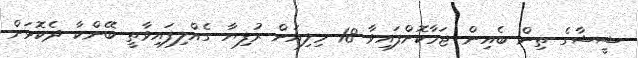
ޝީޝާގެ ތިން ބެއިން ޖަމާކޮށްފައިވާ 18 މިލިއަން ރުފިޔާ ގެއްލިފައިވާތީ ބޭންކާ ދެކޮޅަށް